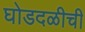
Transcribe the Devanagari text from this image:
घोडदळीची